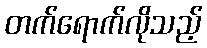
တက်ရောက်လိုသည့်